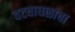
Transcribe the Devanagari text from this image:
वटवाघळाचा